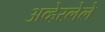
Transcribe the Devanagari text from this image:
अव्हेरलेले